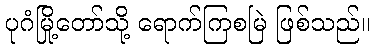
ပုဂံမြို့တော်သို့ ရောက်ကြစမြဲ ဖြစ်သည်။